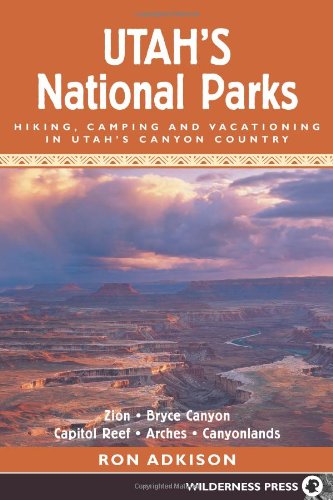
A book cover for Utah's National Parks: Hiking Camping and Vacationing in Utahs Canyon Country; Ron Adkison; Travel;